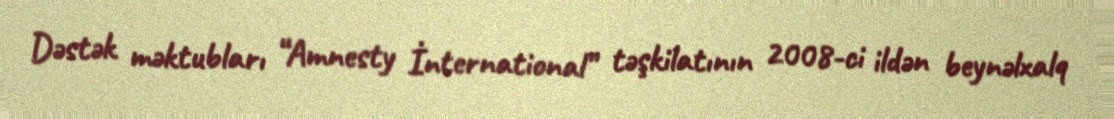
Dəstək məktubları “Amnesty İnternational” təşkilatının 2008-ci ildən beynəlxalq